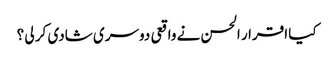
کیا اقرار الحسن نے واقعی دوسری شادی کر لی ؟